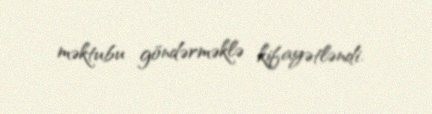
məktubu göndərməklə kifayətləndi.